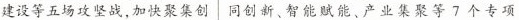
建设等五场攻坚战，加快聚集创 同创新、智能赋能、产业集聚等7个专项